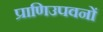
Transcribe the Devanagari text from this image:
प्राणिउपवनों